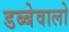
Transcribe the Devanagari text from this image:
डब्बेवालो